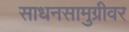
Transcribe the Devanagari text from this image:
साधनसामुग्रीवर